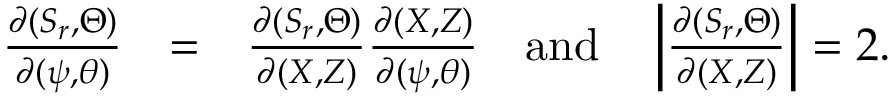
\begin{array} { r l r } { \frac { \partial ( S _ { r } , \Theta ) } { \partial ( \psi , \theta ) } } & { = } & { \frac { \partial ( S _ { r } , \Theta ) } { \partial ( X , Z ) } \frac { \partial ( X , Z ) } { \partial ( \psi , \theta ) } ~ ~ ~ \mathrm { a n d } ~ ~ ~ \left| \frac { \partial ( S _ { r } , \Theta ) } { \partial ( X , Z ) } \right| = 2 . } \end{array}